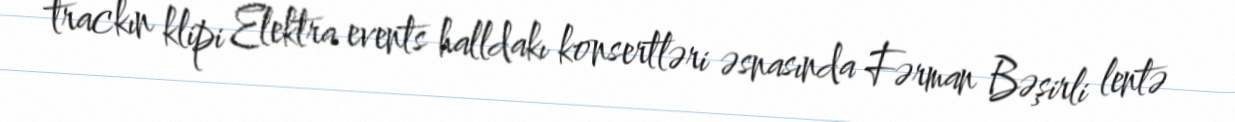
trackın klipi Elektra events halldakı konsertləri əsnasında Fərman Bəşirli lentə